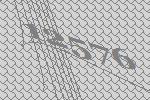
12576